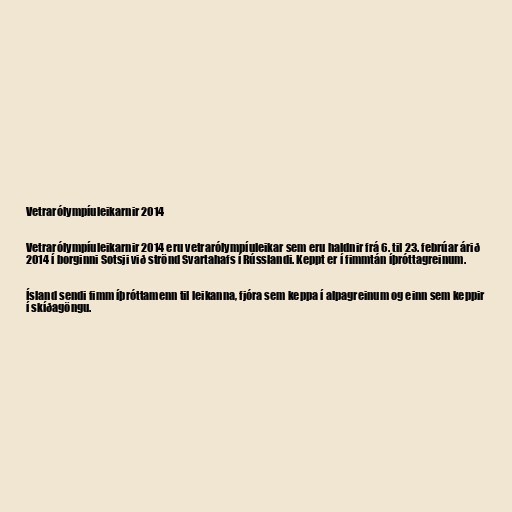
Vetrarólympíuleikarnir 2014

Vetrarólympíuleikarnir 2014 eru vetrarólympíuleikar sem eru haldnir frá 6. til 23. febrúar árið
2014 í borginni Sotsji við strönd Svartahafs í Rússlandi. Keppt er í fimmtán íþróttagreinum.

Ísland sendi fimm íþróttamenn til leikanna, fjóra sem keppa í alpagreinum og einn sem keppir
í skíðagöngu.